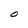
Character: 0